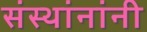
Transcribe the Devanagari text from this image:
संस्थांनांनी